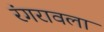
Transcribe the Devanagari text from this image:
रंगरावला